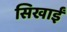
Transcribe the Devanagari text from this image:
सिखाईं